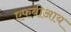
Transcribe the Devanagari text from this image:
एफबीआय